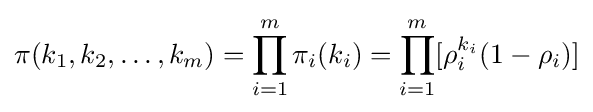
\pi (k_{1},k_{2},\ldots ,k_{m})=\prod _{i=1}^{m}\pi _{i}(k_{i})=\prod _{i=1}^{m}[\rho _{i}^{k_{i}}(1-\rho _{i})]